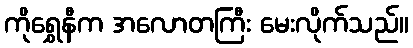
ကိုရွှေနီက အလောတကြီး မေးလိုက်သည်။